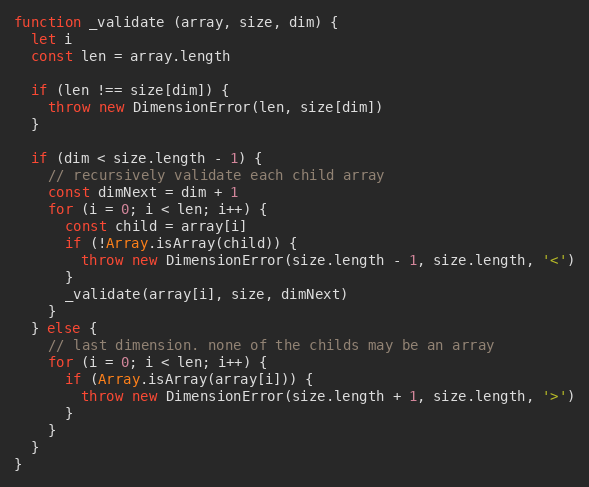
Language: JavaScript
function _validate (array, size, dim) {
  let i
  const len = array.length

  if (len !== size[dim]) {
    throw new DimensionError(len, size[dim])
  }

  if (dim < size.length - 1) {
    // recursively validate each child array
    const dimNext = dim + 1
    for (i = 0; i < len; i++) {
      const child = array[i]
      if (!Array.isArray(child)) {
        throw new DimensionError(size.length - 1, size.length, '<')
      }
      _validate(array[i], size, dimNext)
    }
  } else {
    // last dimension. none of the childs may be an array
    for (i = 0; i < len; i++) {
      if (Array.isArray(array[i])) {
        throw new DimensionError(size.length + 1, size.length, '>')
      }
    }
  }
}